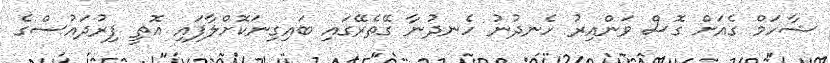
ޝާހަމް ގެއަށް ގޮސް ވަންއިރު ހެނދުނު ހެނދުނާ ގޭތެރޭގައި ބައިގިނަކޮށްލާފައި އޮތީ ފިރުދައުސްގެ